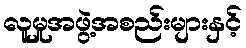
လူမှုအဖွဲ့အစည်းများနှင့်